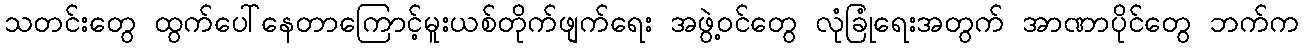
သတင်းတွေ ထွက်ပေါ်နေတာကြောင့်မူးယစ်တိုက်ဖျက်ရေး အဖွဲ့ဝင်တွေ လုံခြုံရေးအတွက် အာဏာပိုင်တွေ ဘက်က